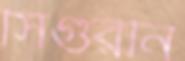
সিগুরনি